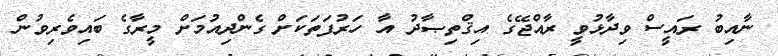
ނާއިބު ރައީސް ވިދާޅުވީ ރާއްޖޭގެ އިޤްތިޞާދު އާ ހަރުފަތަކަށް ގެންދިއުމަށް މީރާގެ ބައިވެރިވުން